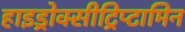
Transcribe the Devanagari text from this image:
हाइड्रोक्सीट्रिप्टामिन